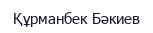
Құрманбек Бәкиев